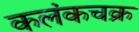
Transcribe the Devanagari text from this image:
कलंकचक्र